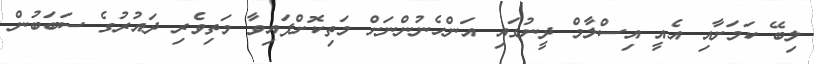
ލިބޭ ކަމަށާއި އެއީ އިސްލާމް ދީނުގައި އަންހެނުންނަށް މަތިކޮށްފައިވާ މަތިވެރި ދައުރުގެ ސަބަބުން